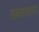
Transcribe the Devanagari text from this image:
शब्दसाहचर्य